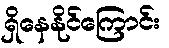
ရှိနေနိုင်ကြောင်း